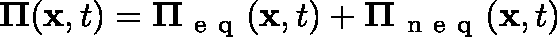
\mathbf { \Pi } ( \mathbf { x } , t ) = \mathbf { \Pi } _ { \mathrm { ~ e ~ q ~ } } ( \mathbf { x } , t ) + \mathbf { \Pi } _ { \mathrm { ~ n ~ e ~ q ~ } } ( \mathbf { x } , t )